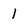
Character: l